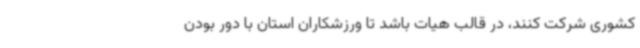
کشوری شرکت کنند، در قالب هیات باشد تا ورزشکاران استان با دور بودن